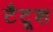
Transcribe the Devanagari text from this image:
टैटूश